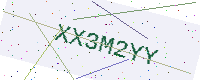
Text: XX3M2YY